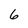
Character: 6